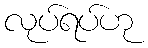
လုပ်ရပ်ဟု